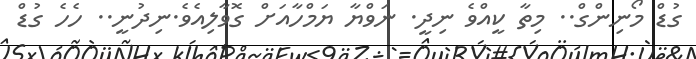
ގުޑް މޯނިންގް.. މިތާ ކީއްވެ ނިދީ. ނަވްޔާ ޔަމްހާއަށް ގޮވާލިއެވެ.ނިދުނީ.. ހެހެ ގުޑް